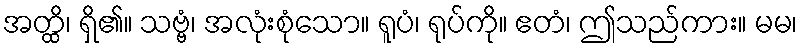
အတ္ထိ၊ ရှိ၏။ သဗ္ဗံ၊ အလုံးစုံသော။ ရူပံ၊ ရုပ်ကို။ ဧတံ၊ ဤသည်ကား။ မမ၊